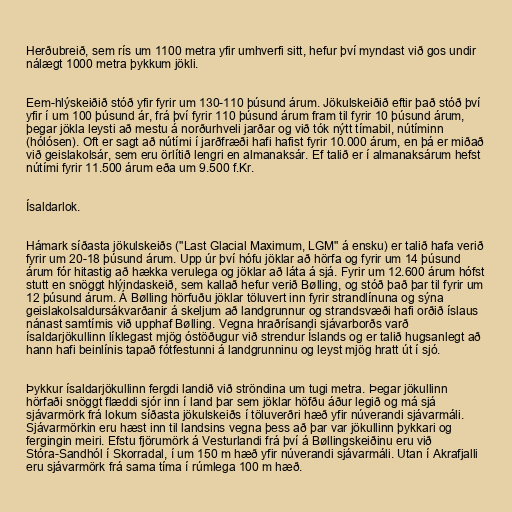
Herðubreið, sem rís um 1100 metra yfir umhverfi sitt, hefur því myndast við gos undir
nálægt 1000 metra þykkum jökli.

Eem-hlýskeiðið stóð yfir fyrir um 130-110 þúsund árum. Jökulskeiðið eftir það stóð því
yfir í um 100 þúsund ár, frá því fyrir 110 þúsund árum fram til fyrir 10 þúsund árum,
þegar jökla leysti að mestu á norðurhveli jarðar og við tók nýtt tímabil, nútíminn
(hólósen). Oft er sagt að nútími í jarðfræði hafi hafist fyrir 10.000 árum, en þá er miðað
við geislakolsár, sem eru örlítið lengri en almanaksár. Ef talið er í almanaksárum hefst
nútími fyrir 11.500 árum eða um 9.500 f.Kr.

Ísaldarlok.

Hámark síðasta jökulskeiðs ("Last Glacial Maximum, LGM" á ensku) er talið hafa verið
fyrir um 20-18 þúsund árum. Upp úr því hófu jöklar að hörfa og fyrir um 14 þúsund
árum fór hitastig að hækka verulega og jöklar að láta á sjá. Fyrir um 12.600 árum hófst
stutt en snöggt hlýindaskeið, sem kallað hefur verið Bølling, og stóð það þar til fyrir um
12 þúsund árum. Á Bølling hörfuðu jöklar töluvert inn fyrir strandlínuna og sýna
geislakolsaldursákvarðanir á skeljum að landgrunnur og strandsvæði hafi orðið íslaus
nánast samtímis við upphaf Bølling. Vegna hraðrísandi sjávarborðs varð
ísaldarjökullinn líklegast mjög óstöðugur við strendur Íslands og er talið hugsanlegt að
hann hafi beinlínis tapað fótfestunni á landgrunninu og leyst mjög hratt út í sjó.

Þykkur ísaldarjökullinn fergdi landið við ströndina um tugi metra. Þegar jökullinn
hörfaði snöggt flæddi sjór inn í land þar sem jöklar höfðu áður legið og má sjá
sjávarmörk frá lokum síðasta jökulskeiðs í töluverðri hæð yfir núverandi sjávarmáli.
Sjávarmörkin eru hæst inn til landsins vegna þess að þar var jökullinn þykkari og
fergingin meiri. Efstu fjörumörk á Vesturlandi frá því á Bøllingskeiðinu eru við
Stóra-Sandhól í Skorradal, í um 150 m hæð yfir núverandi sjávarmáli. Utan í Akrafjalli
eru sjávarmörk frá sama tíma í rúmlega 100 m hæð.